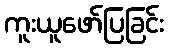
ကူးယူဖော်ပြခြင်း